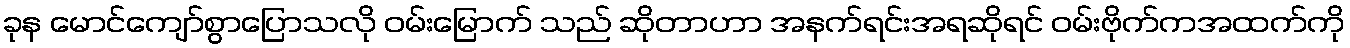
ခုန မောင်ကျော်စွာပြောသလို ဝမ်းမြောက် သည် ဆိုတာဟာ အနက်ရင်းအရဆိုရင် ဝမ်းဗိုက်ကအထက်ကို